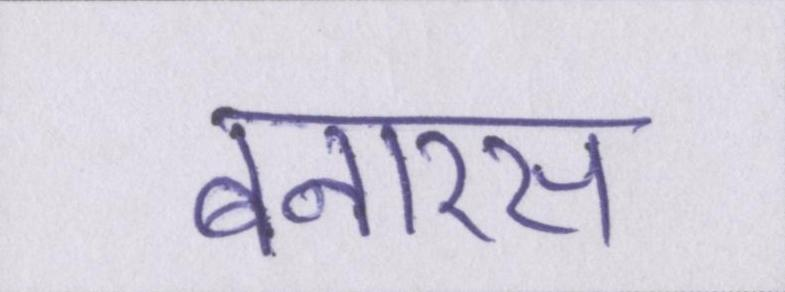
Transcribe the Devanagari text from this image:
बनारस